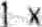
1 X